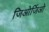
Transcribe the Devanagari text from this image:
जिओर्जिओ